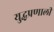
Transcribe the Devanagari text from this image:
युद्धप्रणाली